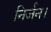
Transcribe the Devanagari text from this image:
निर्जन।